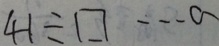
4 1 \div \square \cdots a